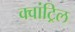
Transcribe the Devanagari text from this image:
क्वांट्रिल